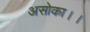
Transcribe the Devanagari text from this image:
असोका।।